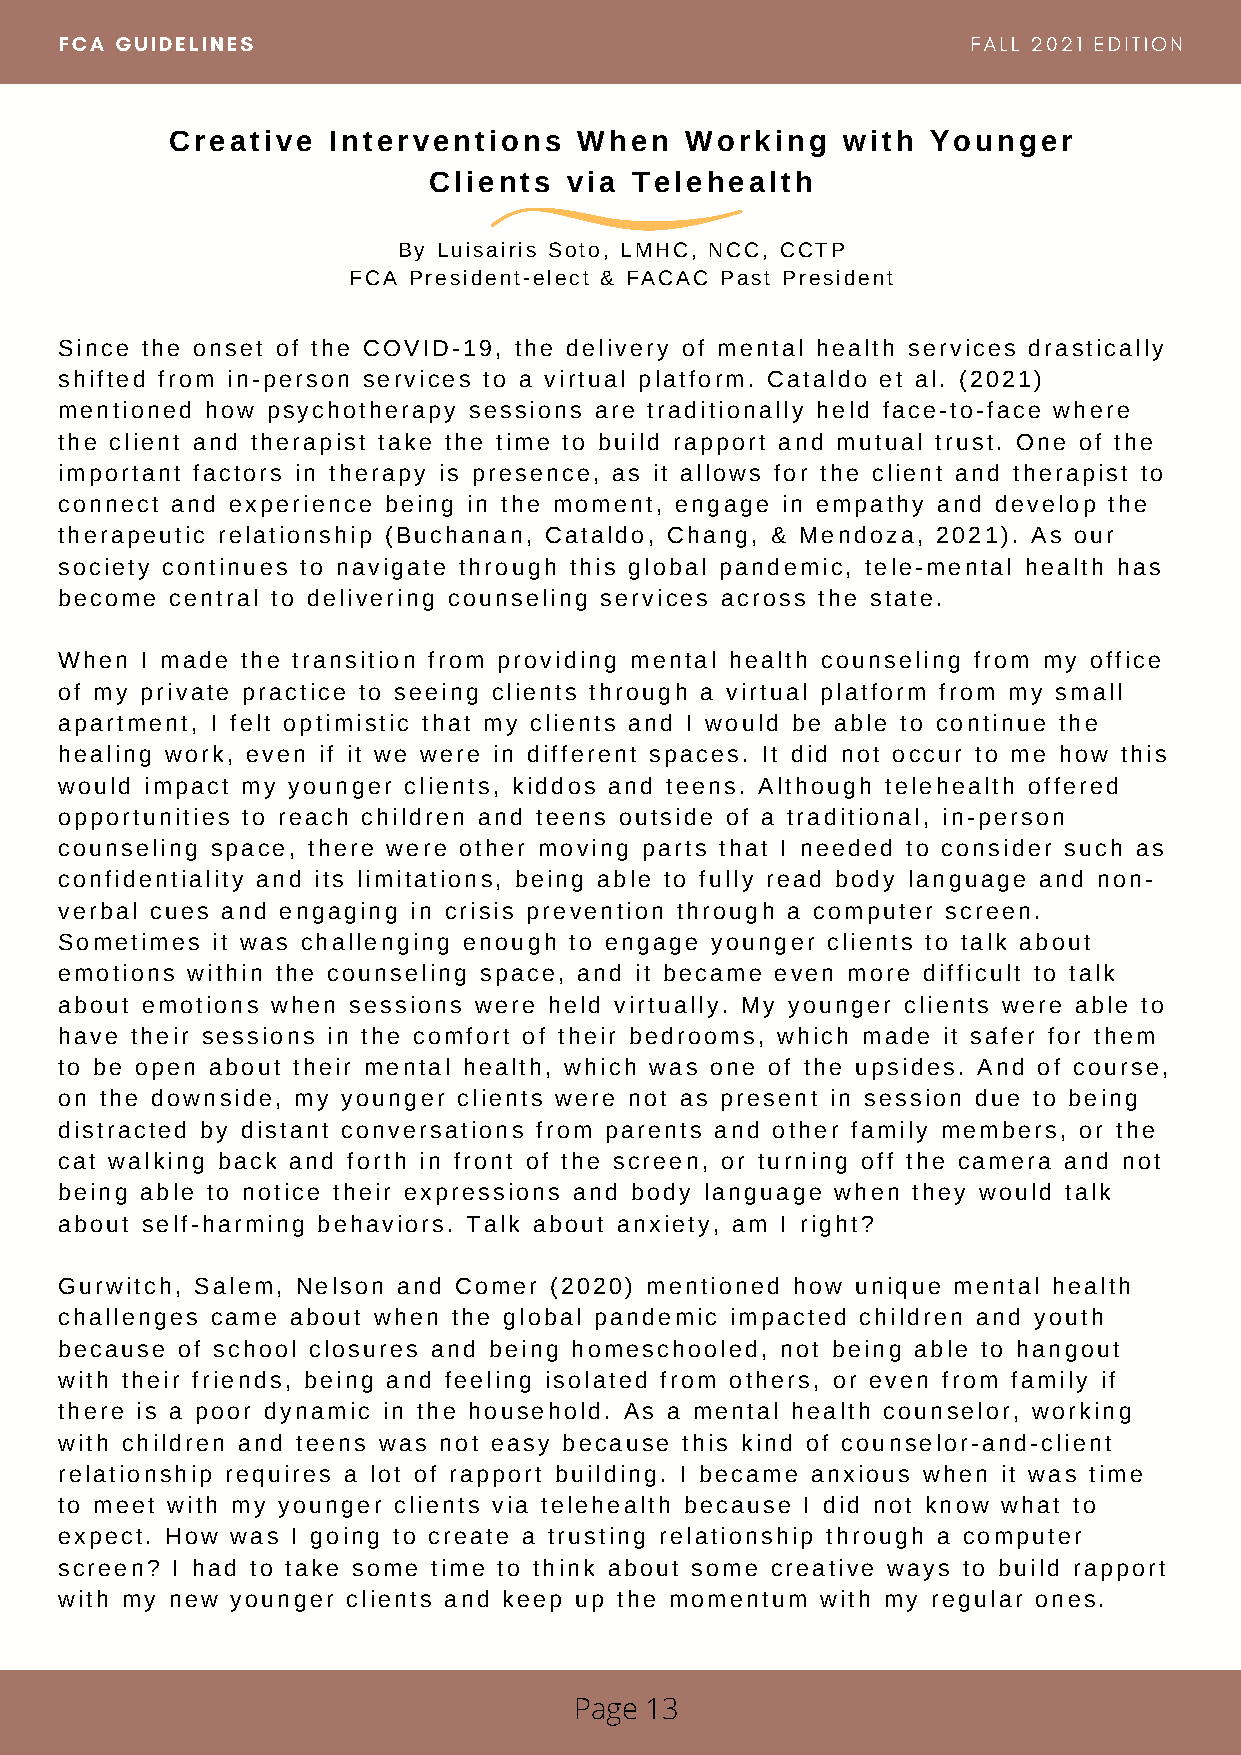
FCA GUIDELINES                                              FALL 2021 EDITION
 Creative   Interventions   When   Working    with  Younger
 Clients   via Telehealth
 By Luisairis Soto, LMHC, NCC, CCTP
 FCA President-elect & FACAC Past President
 Since the onset of the COVID-19, the delivery of mental health services drastically
 shifted from in-person services to a virtual platform. Cataldo et al. (2021)
 mentioned how psychotherapy sessions are traditionally held face-to-face where
 the client and therapist take the time to build rapport and mutual trust. One of the
 important factors in therapy is presence, as it allows for the client and therapist to
 connect and experience being in the moment, engage in empathy and develop the
 therapeutic relationship (Buchanan, Cataldo, Chang, & Mendoza, 2021). As our
 society continues to navigate through this global pandemic, tele-mental health has
 become central to delivering counseling services across the state.
 When I made the transition from providing mental health counseling from my office
 of my private practice to seeing clients through a virtual platform from my small
 apartment, I felt optimistic that my clients and I would be able to continue the
 healing work, even if it we were in different spaces. It did not occur to me how this
 would impact my younger clients, kiddos and teens. Although telehealth offered
 opportunities to reach children and teens outside of a traditional, in-person
 counseling space, there were other moving parts that I needed to consider such as
 confidentiality and its limitations, being able to fully read body language and non-
 verbal cues and engaging in crisis prevention through a computer screen.
 Sometimes it was challenging enough to engage younger clients to talk about
 emotions within the counseling space, and it became even more difficult to talk
 about emotions when sessions were held virtually. My younger clients were able to
 have their sessions in the comfort of their bedrooms, which made it safer for them
 to be open about their mental health, which was one of the upsides. And of course,
 on the downside, my younger clients were not as present in session due to being
 distracted by distant conversations from parents and other family members, or the
 cat walking back and forth in front of the screen, or turning off the camera and not
 being able to notice their expressions and body language when they would talk
 about self-harming behaviors. Talk about anxiety, am I right?
 Gurwitch, Salem, Nelson and Comer (2020) mentioned how unique mental health
 challenges came about when the global pandemic impacted children and youth
 because of school closures and being homeschooled, not being able to hangout
 with their friends, being and feeling isolated from others, or even from family if
 there is a poor dynamic in the household. As a mental health counselor, working
 with children and teens was not easy because this kind of counselor-and-client
 relationship requires a lot of rapport building. I became anxious when it was time
 to meet with my younger clients via telehealth because I did not know what to
 expect. How was I going to create a trusting relationship through a computer
 screen? I had to take some time to think about some creative ways to build rapport
 with my new younger clients and keep up the momentum with my regular ones.
 Page 13